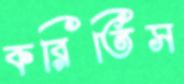
করিতিস